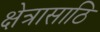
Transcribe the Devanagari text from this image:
क्षेत्रासाठि